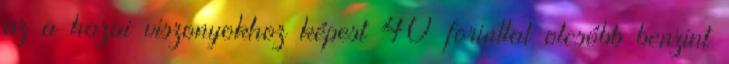
az a hazai viszonyokhoz képest 40 forinttal olcsóbb benzint